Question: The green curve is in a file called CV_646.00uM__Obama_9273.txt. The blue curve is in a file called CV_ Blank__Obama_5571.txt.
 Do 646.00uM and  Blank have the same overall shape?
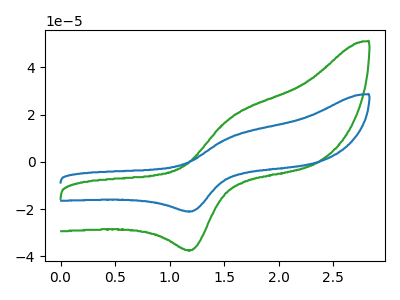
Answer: <think>The green curve "646.00uM" has an anodic peak at (1.55V, 19.00uA) and a cathodic peak at (1.20V, -37.30uA). The blue curve " Blank" has an anodic peak at (1.55V, 10.65uA) and a cathodic peak at (1.20V, -20.90uA).
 All the peaks in "646.00uM" have a peak in " Blank" at the same potential. Every peak in "646.00uM" is higher than every peak in " Blank".</think>
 <answer>"646.00uM" and " Blank" are similar in shape.</answer>
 <eval>same_shape</eval>